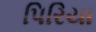
પિરિયા